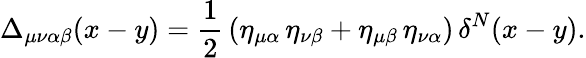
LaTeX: \Delta_{\mu\nu\alpha\beta}(x-y)=\frac{1}{2}\, (\eta_{\mu\alpha}\, \eta_{\nu\beta}+\eta_{\mu\beta}\, \eta_{\nu\alpha})\, \delta^{N}(x-y).